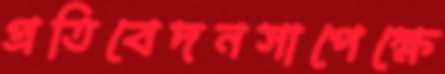
প্রতিবেদনসাপেক্ষে